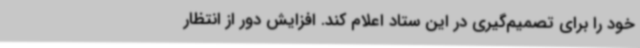
خود را برای تصمیم‌گیری در این ستاد اعلام کند. افزایش دور از انتظار